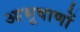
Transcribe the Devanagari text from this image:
आभूषाणों